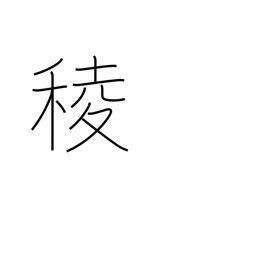
Meaning: angle